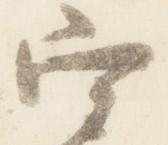
宰